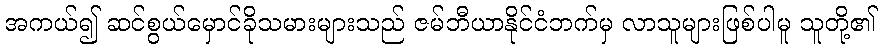
အကယ်၍ ဆင်စွယ်မှောင်ခိုသမားများသည် ဇမ်ဘီယာနိုင်ငံဘက်မှ လာသူများဖြစ်ပါမူ သူတို့၏